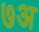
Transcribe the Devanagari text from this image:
७अ